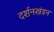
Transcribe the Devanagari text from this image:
दर्शनखंडन